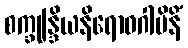
စက္ခုန္ဒြိယနိရောဓဂါမိနိံ